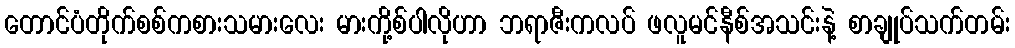
တောင်ပံတိုက်စစ်ကစားသမားလေး မားကို့စ်ပါလိုဟာ ဘရာဇီးကလပ် ဖလူမင်နီစ်အသင်းနဲ့ စာချုပ်သက်တမ်း